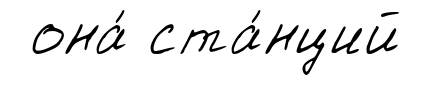
она́ ста́нций